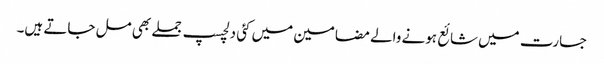
جسارت میں شائع ہونے والے مضامین میں کئی دلچسپ جملے بھی مل جاتے ہیں۔